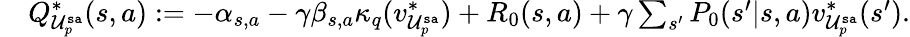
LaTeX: \begin{array}{rl}&{Q_{\mathcal{U}_{p}^{\mathtt{sa}}}^{*}(s,a):=-\alpha_{s,a}-\gamma\beta_{s,a}\kappa_{q}(v_{\mathcal{U}_{p}^{\mathtt{sa}}}^{*})+R_{0}(s,a)+\gamma\sum_{s^{\prime}}P_{0}(s^{\prime}|s,a)v_{\mathcal{U}_{p}^{\mathtt{sa}}}^{*}(s^{\prime}).}\end{array}